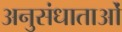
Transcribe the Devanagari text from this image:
अनुसंधाताओं